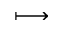
\longmapsto